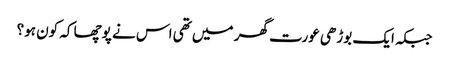
جبکہ ایک بوڑھی عورت گھر میں تھی اس نے پوچھا کہ کون ہو؟